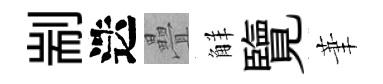
剬迭疊觧覽茟